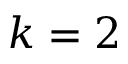
k = 2